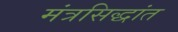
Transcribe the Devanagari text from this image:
मंत्रसिद्धांत